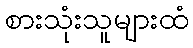
စားသုံးသူများထံ